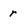
Character: r